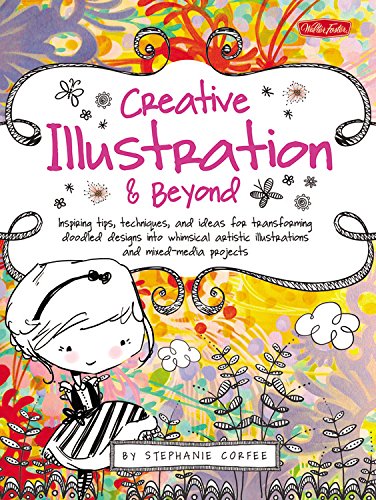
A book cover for Creative Illustration & Beyond: Inspiring tips, techniques, and ideas for transforming doodled designs into whimsical artistic illustrations and mixed-media projects (Creative...and Beyond); Stephanie Corfee; Arts & Photography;